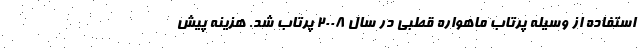
استفاده از وسیله پرتاب ماهواره قطبی در سال ۲۰۰۸ پرتاب شد. هزینه پیش